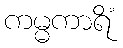
ကမ္မကာရိံ